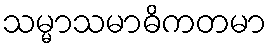
သမ္မာသမာဓိကတမာ